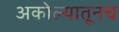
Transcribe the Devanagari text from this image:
अकोल्यातूनच